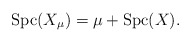
\begin{align*}\mbox{Spc}(X_{\mu})=\mu+\mbox{Spc}(X).\end{align*}